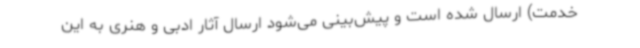
خدمت) ارسال شده است و پیش‌بینی می‌شود ارسال آثار ادبی و هنری به این